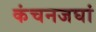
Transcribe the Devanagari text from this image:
कंचनजघां